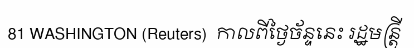
81 WASHINGTON (Reuters)  កាលពីថ្ងៃច័ន្ទនេះ រដ្ឋមន្ត្រី